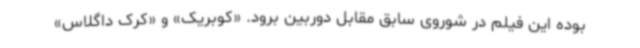
بوده این فیلم در شوروی سابق مقابل دوربین برود. «کوبریک» و «کرک داگلاس»